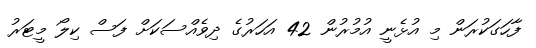
ފާހަގަކުރަން މި އުޅެނީ އުމުރުން 42 އަހަރުގެ ދިވެއްސަކަށް ފަސް ކިލޯ މީޓަރު